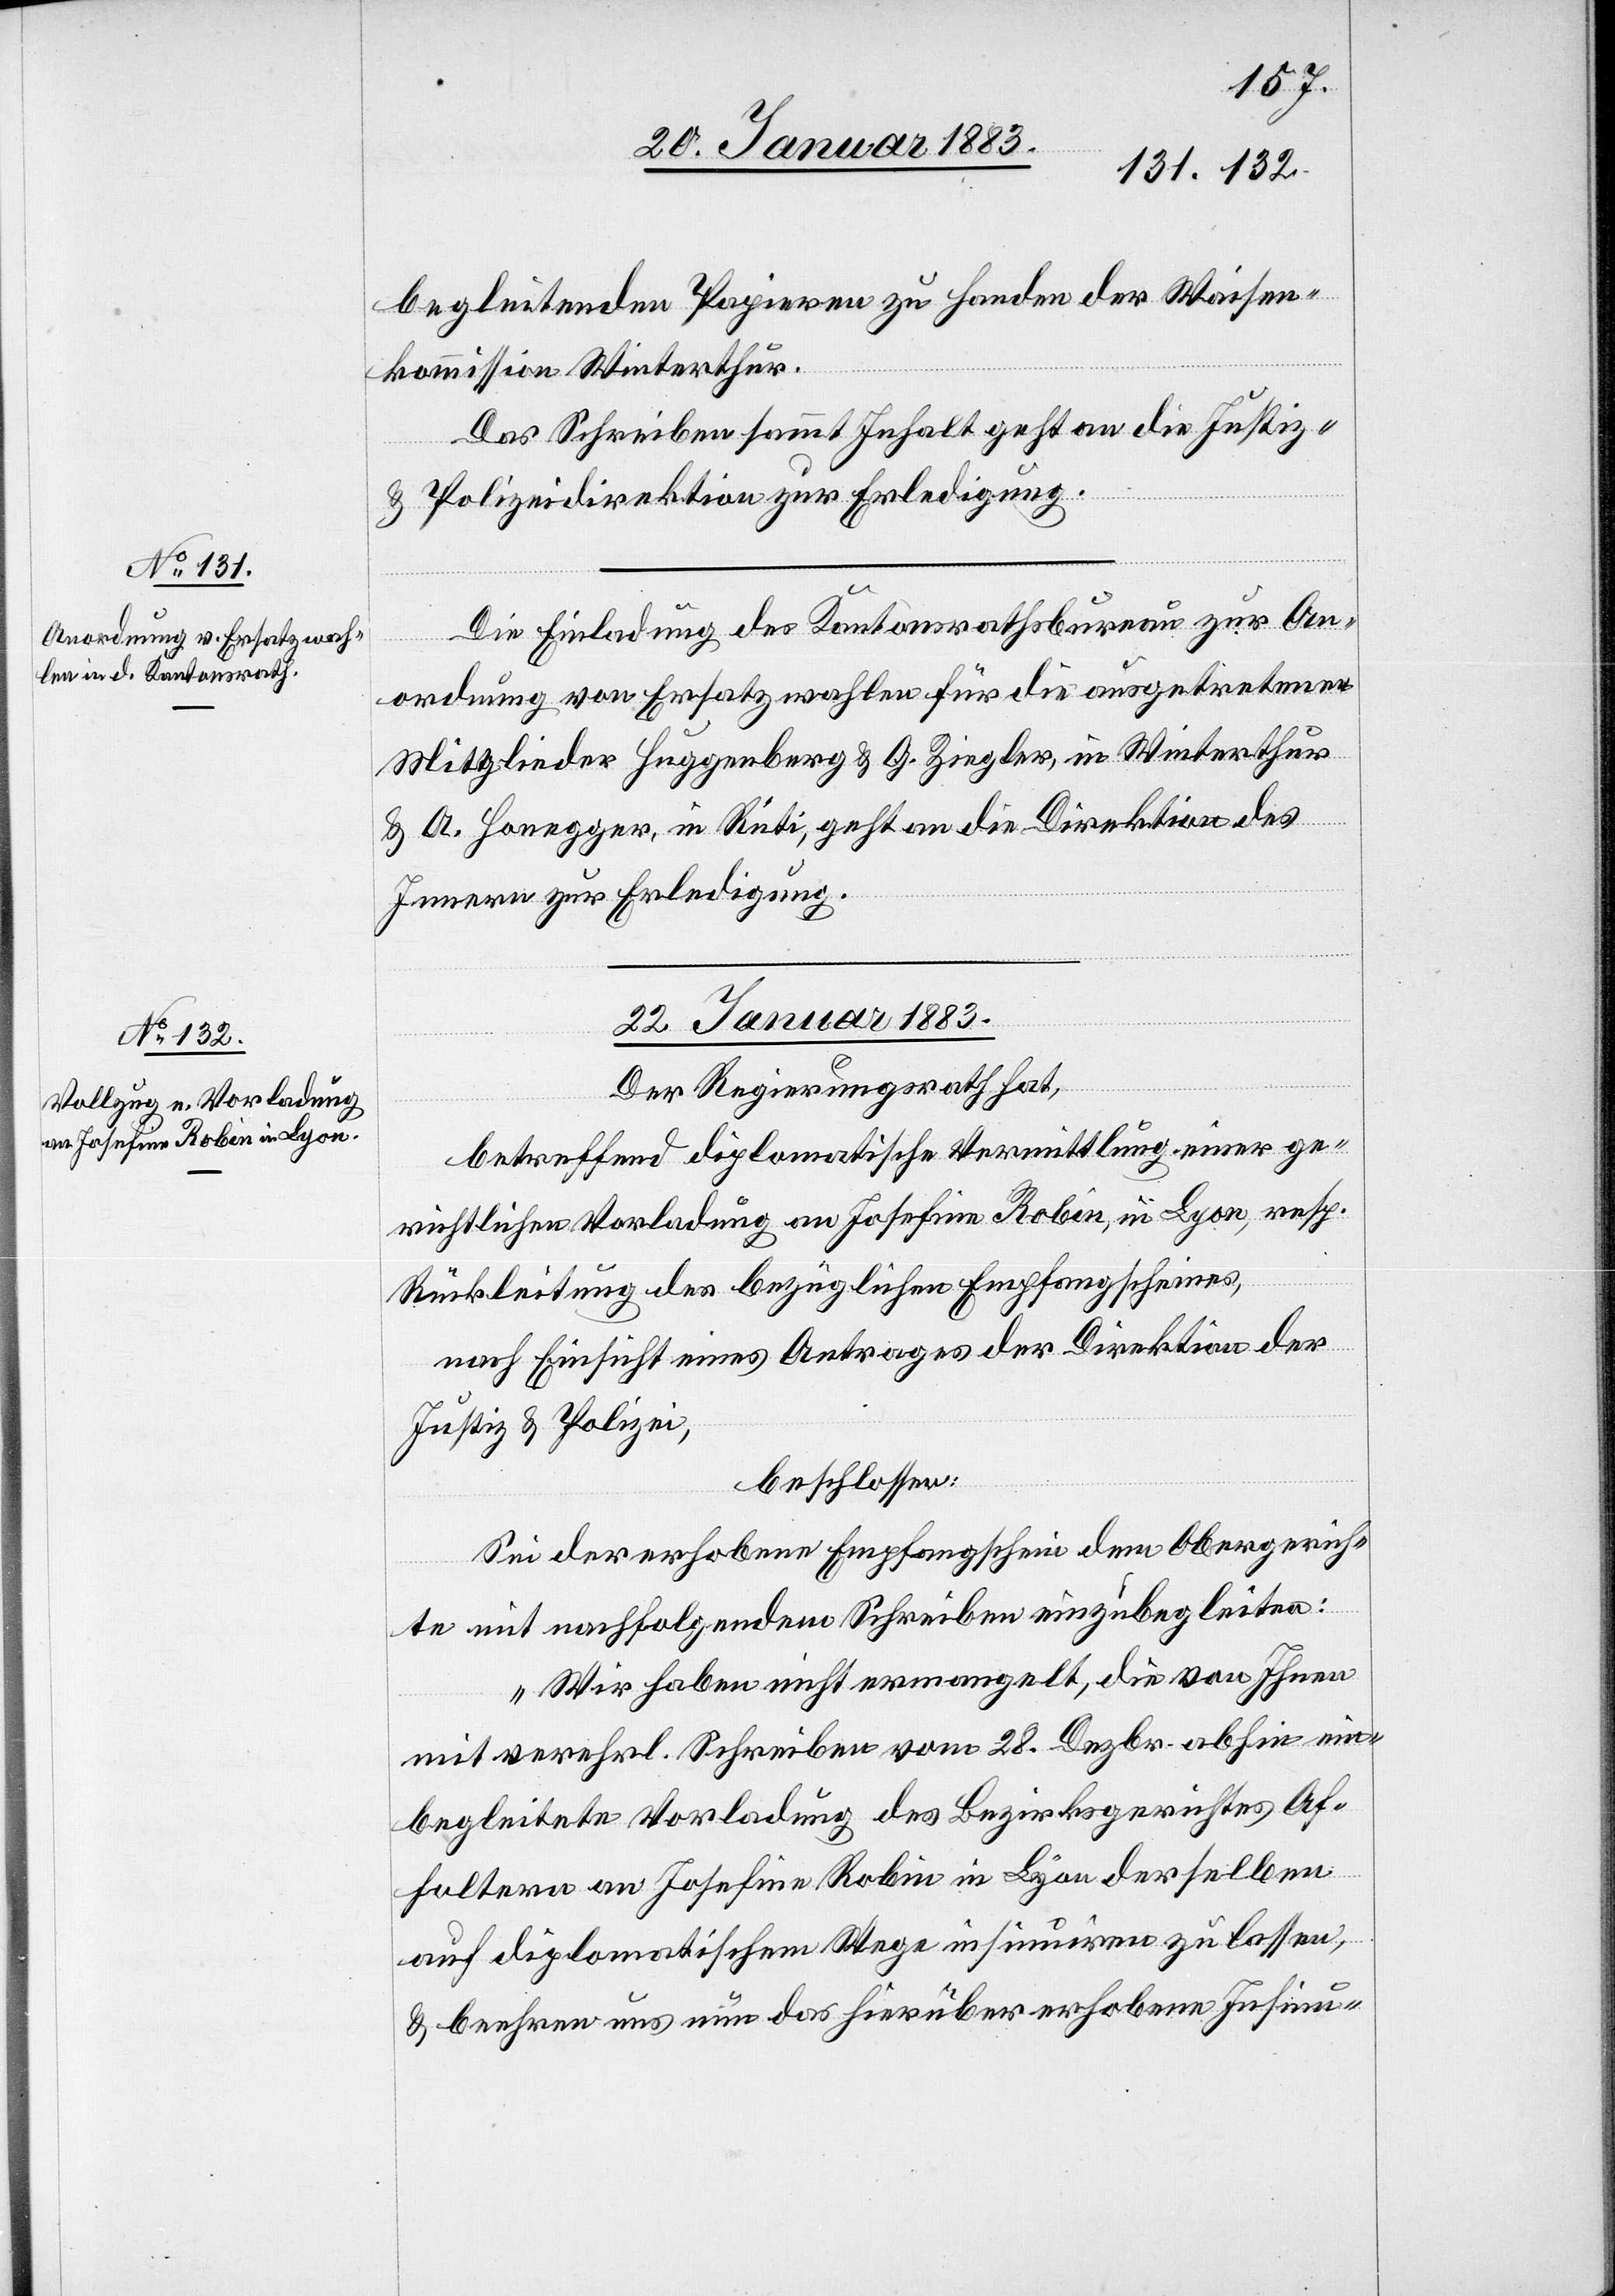
20. Januar 1883]
begleitenden Papieren zu Handen der Waisen¬
kommission Winterthur.
Das Schreiben sammt Inhalt geht an die Justiz-
& Polizeidirektion zur Erledigung.
Die Einladung des Kantonsrathsbureau zur An¬
ordnung von Ersatzwahlen für die ausgetretenen
Mitglieder Huggenberg & G. Ziegler, in Winterthur
& A. Honegger, in Rüti, geht an die Direktion des
Innern zur Erledigung.
22. Januar 1883.
Der Regierungsrath hat,
betreffend diplomatische Vermittlung einer ge¬
richtlichen Vorladung an Josefine Robin, in Lyon, resp.
Rückleitung des bezüglichen Empfangscheines,
nach Einsicht eines Antrages der Direktion der
Justiz & Polizei,
beschlossen:
Sei der erhobene Empfangschein dem Obergerich¬
te mit nachfolgendem Schreiben einzubegleiten:
„Wir haben nicht ermangelt, die von Ihnen
mit verehrl. Schreiben vom 28. Dezbr. abhin ein¬
begleitete Vorladung des Bezirksgerichtes Af¬
foltern an Josefine Robin in Lyon derselben
auf diplomatischem Wege insinuiren zu lassen,
& beehren uns nun das hierüber erhobene Insinu-